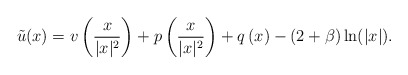
\begin{align*}\tilde{u}(x)=v\left(\frac{x}{|x|^2}\right)+p\left(\frac{x}{|x|^2}\right)+q\left(x\right)-(2+\beta)\ln(|x|).\end{align*}